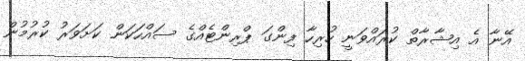
އޭނާ އެ އިޝާރާތް ކުރައްވަނީ ހުރިހާ ފިންގަ ޕްރިންޓެއްގެ ސައްހަކަން ކަށަވަރު ކުރުމުން